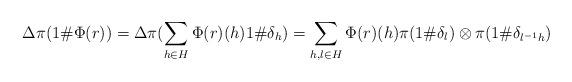
LaTeX: \begin{align*} \Delta \pi(1\#\Phi(r))= \Delta \pi (\sum_{h \in H} \Phi(r)(h) 1\#\delta_h)= \sum_{h,l \in H} \Phi(r)(h) \pi(1\#\delta_{l}) \otimes \pi(1\#\delta_{l^{-1}h})\end{align*}